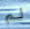
لم